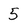
Character: 5